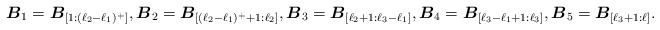
\begin{align*} \boldsymbol{B}_1 = \boldsymbol{B}_{[1:(\ell_2-\ell_1)^+]}, {\boldsymbol{B}_2 = \boldsymbol{B}_{[(\ell_2-\ell_1)^++1:\ell_2]}} , \boldsymbol{B}_3 = \boldsymbol{B}_{[\ell_2+1:\ell_3-\ell_1]}, \boldsymbol{B}_4 = \boldsymbol{B}_{[\ell_3-\ell_1+1:\ell_3]}, { \boldsymbol{B}_5 = \boldsymbol{B}_{[\ell_3+1:\ell]}}. \end{align*}